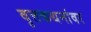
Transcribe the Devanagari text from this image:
वृत्तकथनांवर